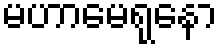
မဟာမေရုနော